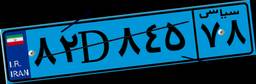
۸۲D۸۴۵۷۸